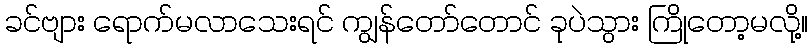
ခင်ဗျား ရောက်မလာသေးရင် ကျွန်တော်တောင် ခုပဲသွား ကြိုတော့မလို့။